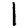
Digit: 1